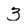
Character: 3